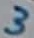
Text: 3